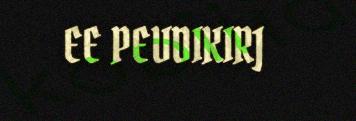
EE PEVDIKIRJ